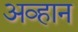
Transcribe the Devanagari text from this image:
अव्हान